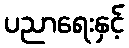
ပညာရေးနှင့်